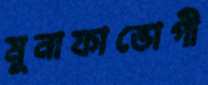
মুনাফাভোগী